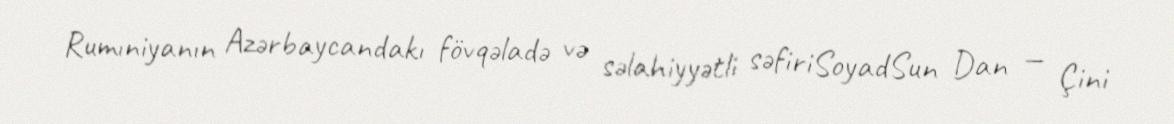
Rumıniyanın Azərbaycandakı fövqəladə və səlahiyyətli səfiriSoyadSun Dan — Çini